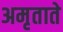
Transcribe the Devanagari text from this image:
अमृताते